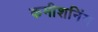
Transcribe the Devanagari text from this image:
कमीशनिंग